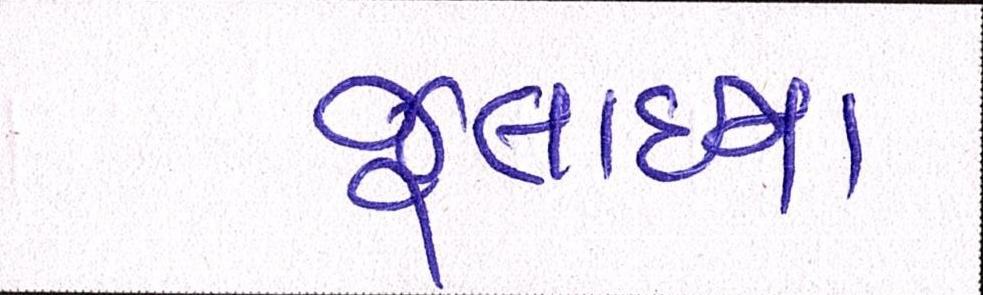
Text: જૂલાઈના